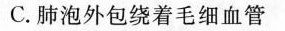
C.肺泡外包绕着毛细血管